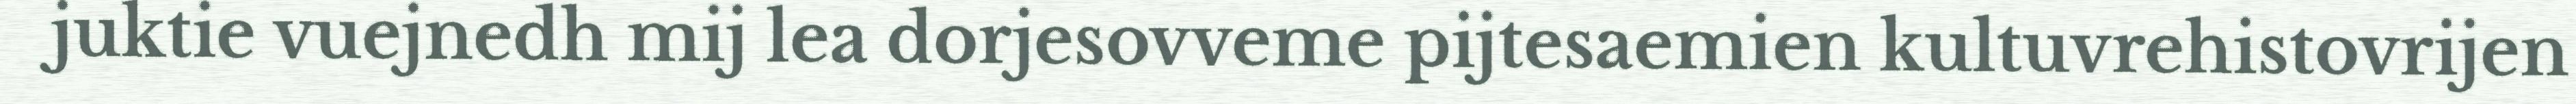
juktie vuejnedh mij lea dorjesovveme pijtesaemien kultuvrehistovrijen